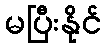
မပြီးနိုင်